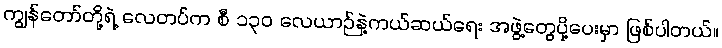
ကျွန်တော်တို့ရဲ့ လေတပ်က စီ ၁၃၀ လေယာဉ်နဲ့ကယ်ဆယ်ရေး အဖွဲ့တွေပို့ပေးမှာ ဖြစ်ပါတယ်။